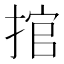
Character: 捾